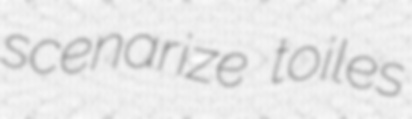
scenarize toiles